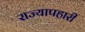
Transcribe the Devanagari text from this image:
राज्यापहारी